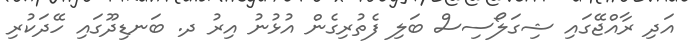
އަދި ރާއްޖޭގައި ޝިގަލޯސިސް ބަލި ފެތުރިގެން އުޅުނު އިރު ދ. ބަނޑިދޫގައި ހޭދަކުރި